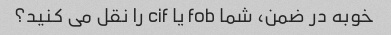
خوبه در ضمن، شما fob یا cif را نقل می کنید؟